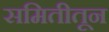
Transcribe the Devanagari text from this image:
समितीतून